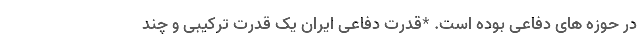
در حوزه های دفاعی بوده است. *قدرت دفاعی ایران یک قدرت ترکیبی و چند